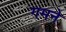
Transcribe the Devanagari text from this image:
गमने